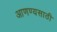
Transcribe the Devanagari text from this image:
आणण्यसाठी